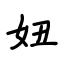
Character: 妞